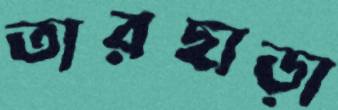
তারছাড়া